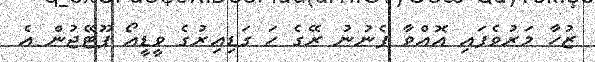
ޒުހާ މަރުވެފައި އޮއްވާ ފެނުނު ރޭގެ ހަ ގަޑިއިރުގެ ވީޑީއޯ ފޫޓޭޖުން އެ